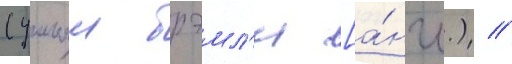
(уильям брэмл'и [а́нгл.) //